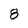
Character: 8